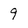
Character: 9